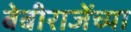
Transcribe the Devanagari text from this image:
बेबीराजेंच्या